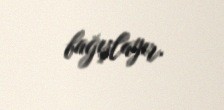
bağışlayır.